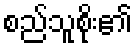
စည်သူစိုး၏